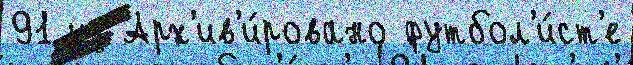
91 из Арх'ив'и́ровано футбол'и́ст'е